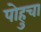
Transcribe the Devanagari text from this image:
पोहुचा